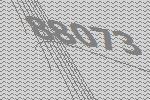
88073